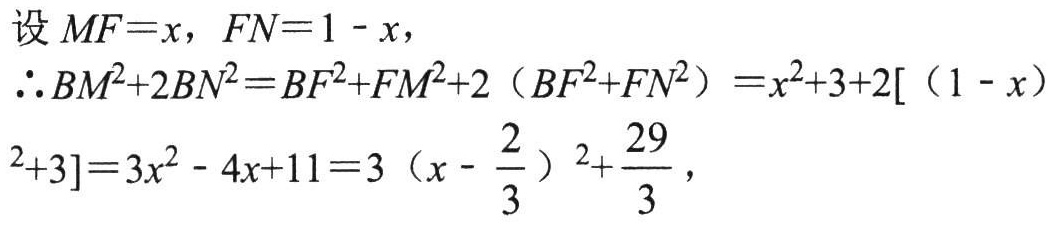
设\(MF = x\)，\(FN = 1 - x\)，
\(\therefore BM^{2}+2BN^{2}=BF^{2}+FM^{2}+2\left(BF^{2}+FN^{2}\right)=x^{2}+3 + 2[(1 - x)^{2}+3]=3x^{2}-4x + 11=3\left(x-\frac{2}{3}\right)^{2}+\frac{29}{3}\)，